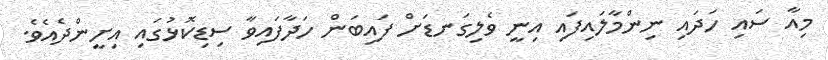
މިއާ ސައި ހަދައި ނިންމާލައިފައި އިނީ ވެލިގަނޑަށް ފައިބަން ހަދާފައިވާ ސިޑިކޮޅުގައި އިށީންދެއެވެ.